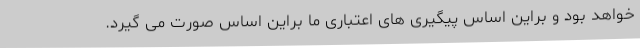
خواهد بود و براین اساس پیگیری های اعتباری ما براین اساس صورت می گیرد.